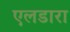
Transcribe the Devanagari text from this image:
एलडारा